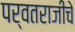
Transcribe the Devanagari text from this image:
पर्वतराजीचे